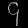
Digit: ၄